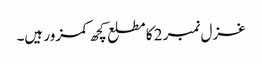
غزل نمبر 2 کا مطلع کچھ کمزور ہیں۔